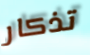
تذكار